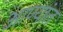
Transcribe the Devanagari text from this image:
आण्यांत